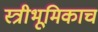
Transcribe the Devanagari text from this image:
स्त्रीभूमिकाच